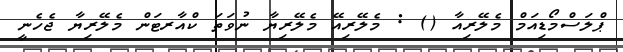
ޕްލަސްމޯޑިއަމް މެލޭރިއާ () : މެލޭރިއޭ މެލޭރިޔާ ނުވަތަ ކްއާރޓަން މެލޭރިޔާ ޖެހެނީ